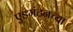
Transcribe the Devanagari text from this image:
एडमंटनच्या